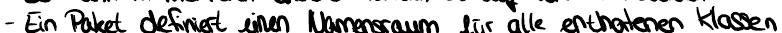
- Ein Paket definiert einen Namensraum für alle enthaltenen Klassen